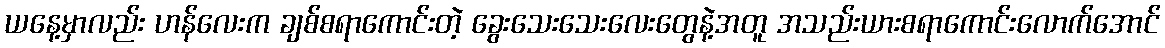
ယနေ့မှာလည်း ဟန်လေးက ချစ်စရာကောင်းတဲ့ ခွေးသေးသေးလေးတွေနဲ့အတူ အသည်းယားစရာကောင်းလောက်အောင်